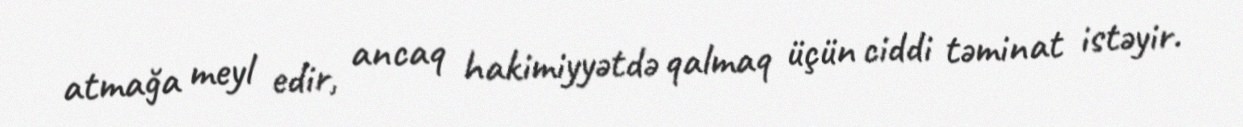
atmağa meyl edir, ancaq hakimiyyətdə qalmaq üçün ciddi təminat istəyir.